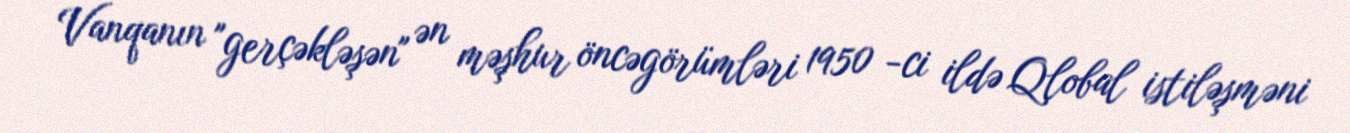
Vanqanın "gerçəkləşən" ən məşhur öncəgörümləri 1950 -ci ildə Qlobal istiləşməni